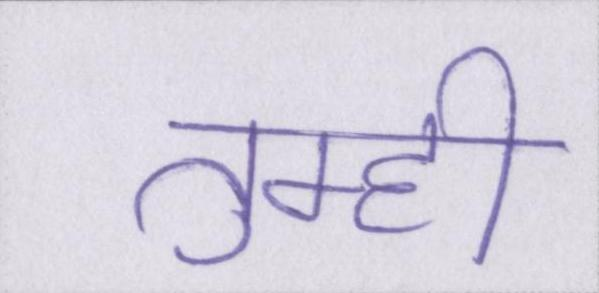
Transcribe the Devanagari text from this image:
तुम्ही